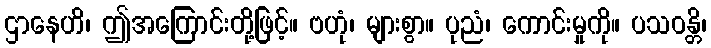
ဌာနေဟိ၊ ဤအကြောင်းတို့ဖြင့်။ ဗဟုံ၊ များစွာ။ ပုညံ၊ ကောင်းမှုကို။ ပသဝန္တိ၊